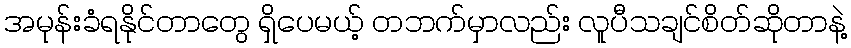
အမုန်းခံရနိုင်တာတွေ ရှိပေမယ့် တဘက်မှာလည်း လူပီသချင်စိတ်ဆိုတာနဲ့